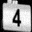
Digit: 4